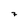
Character: 7